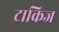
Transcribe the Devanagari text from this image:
टाकिज